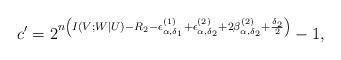
LaTeX: \begin{align*} c'=2^{n\left(I(V;W|U)-R_2-\epsilon^{(1)}_{\alpha,\delta_1}+\epsilon^{(2)}_{\alpha,\delta_2}+2\beta^{(2)}_{\alpha,\delta_2}+\frac{\delta_2}{2}\right)}-1,\end{align*}